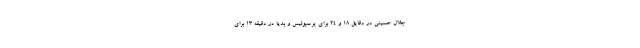
جلال حسینی در دقایق ۱۸ و ۲۴ برای پرسپولیس و بدیا در دقیقه ۱۳ برای